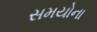
સમયોના